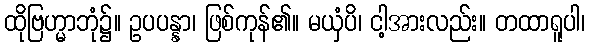
ထိုဗြဟ္မာဘုံ၌။ ဥပပန္နာ၊ ဖြစ်ကုန်၏။ မယှံပိ၊ ငါ့အားလည်း။ တထာရူပါ၊